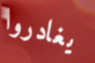
يغادروا